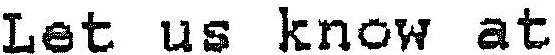
LET US KNOW AT